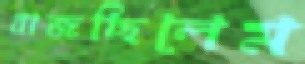
বাজছিলেম